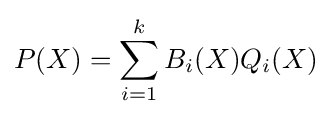
P(X)=\sum _{i=1}^{k}B_{i}(X)Q_{i}(X)